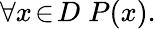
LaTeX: \forall x\! \in\! D\; P(x).